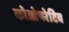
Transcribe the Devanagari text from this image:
कोओपरेटिव